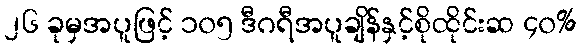
၂၆ ခုမှအပူဖြင့် ၁၀၅ ဒီဂရီအပူချိန်နှင့်စိုထိုင်းဆ ၄၀%